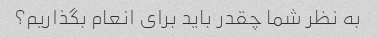
به نظر شما چقدر باید برای انعام بگذاریم؟